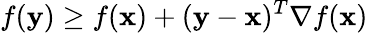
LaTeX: f(\mathbf{y})\geq f(\mathbf{x})+(\mathbf{y}-\mathbf{x})^{T}\nabla f(\mathbf{x})